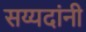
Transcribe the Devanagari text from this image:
सय्यदांनी